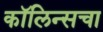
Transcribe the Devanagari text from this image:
कॉलिन्सचा